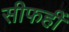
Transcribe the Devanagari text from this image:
सीफहीं